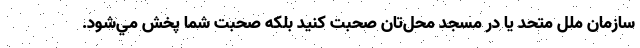
سازمان ملل متحد يا در مسجد محل‌تان صحبت كنيد بلكه صحبت شما پخش مي‌شود.